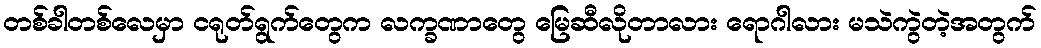
တစ်ခါတစ်လေမှာ ငရုတ်ရွက်တွေက လက္ခဏာတွေ မြေဆီလိုတာလား ရောဂါလား မသဲကွဲတဲ့အတွက်